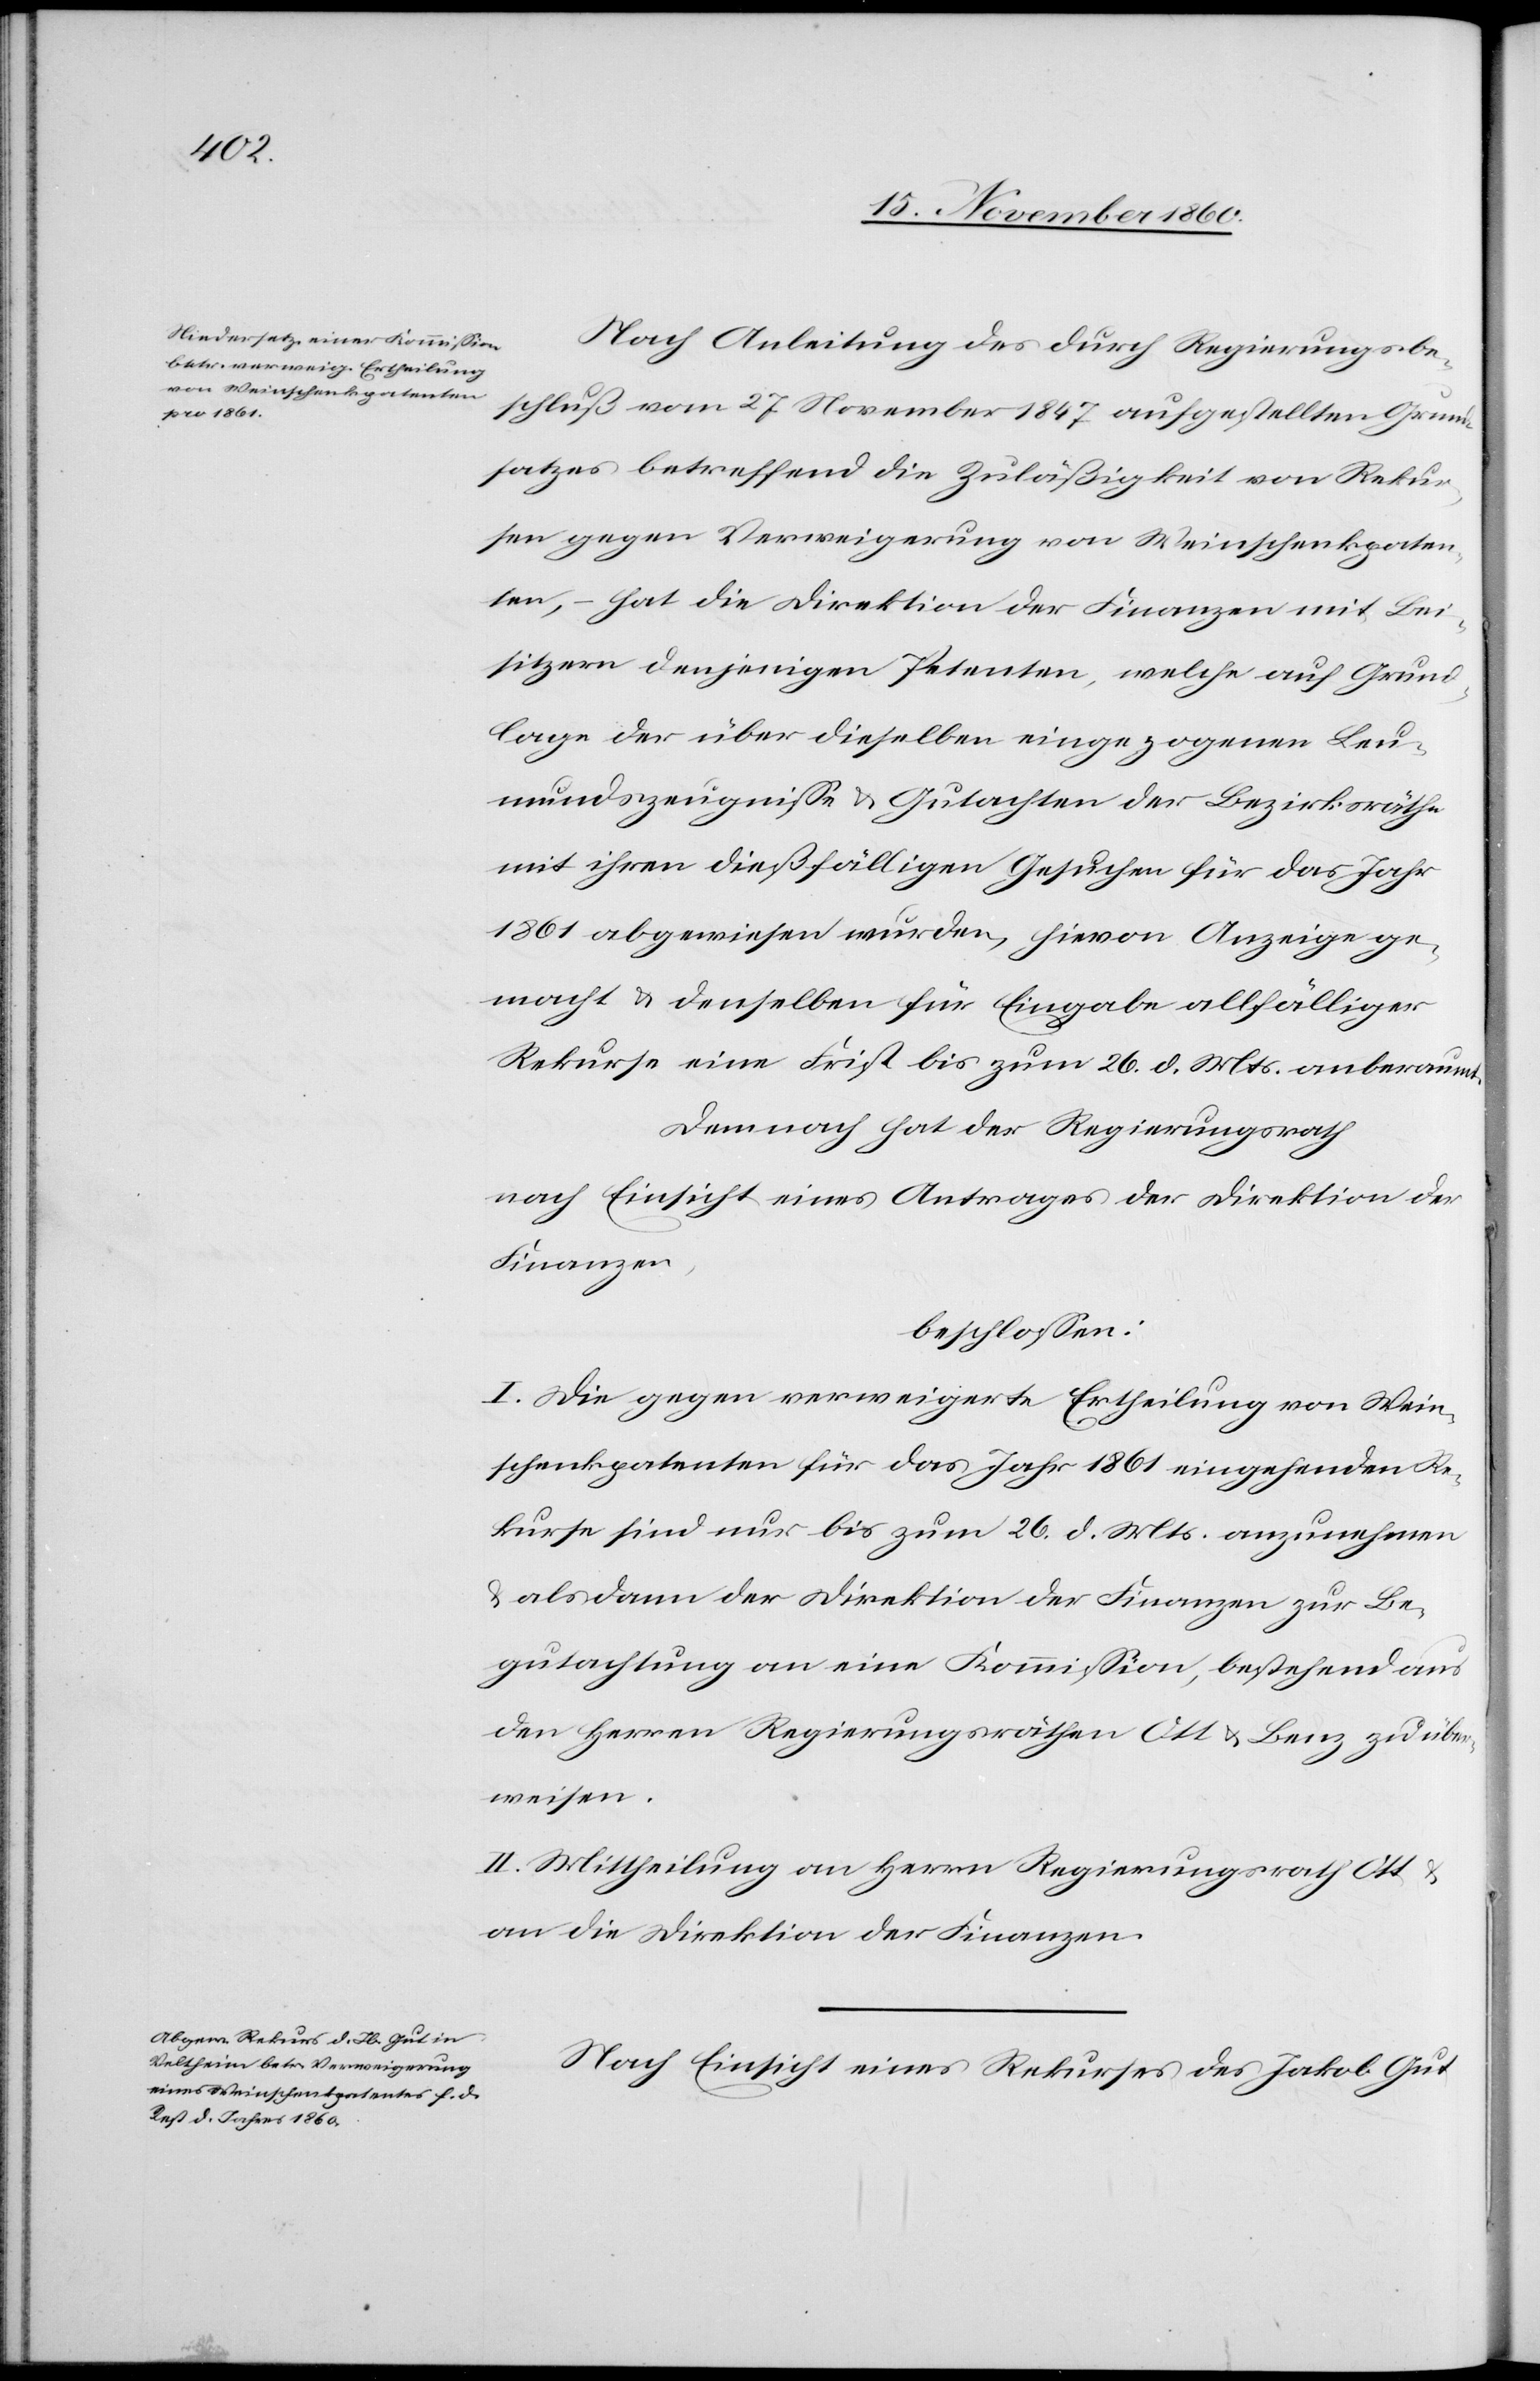
Nach Anleitung des durch Regierungsbe¬
schluß vom 27. November 1847 aufgestellten Grund¬
satzes betreffend die Zuläßigkeit von Rekur¬
sen gegen Verweigerung von Weinschenkpaten¬
ten, hat die Direktion der Finanzen mit Bei¬
sitzern denjenigen Petenten, welche auf Grund¬
lage der über dieselben eingezogenen Leu¬
mundszeugnisse u. Gutachtender Bezirksräthe
mit ihren dießfälligen Gesuchen für das Jahr
1861 abgewiesen wurden, hievon Anzeige ge¬
macht u. denselben für Eingabe allfälliger
Rekurse eine Frist bis zum 26. d. Mts. anberaumt.
Demnach hat der Regierungsrath
nach Einsicht eines Antrages der Direktion der
Finanzen,
beschlossen:
I. Die gegen verweigerte Ertheilung von Wein¬
schenkpatenten für das Jahr 1861 eingehenden Re¬
kurse sind nur bis zum 26. d. Mts. anzunehmen
u. alsdann der Direktion der Finanzen zur Be¬
gutachtung an eine Kommission, bestehend aus
den Herrn Regierungsräthen Ott u. Benz zu über¬
weisen.
II. Mittheilung an Herrn Regierungsrath Ott u.
an die Direktion der Finanzen.
Nach Einsicht eines Rekurses des Jakob Gut